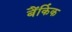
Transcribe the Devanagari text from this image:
बैंकिंक